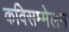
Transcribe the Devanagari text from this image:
कविसम्मेलन